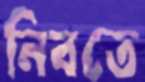
নিবতে